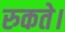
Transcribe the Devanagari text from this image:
रुकते।